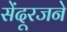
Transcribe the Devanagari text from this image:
सेंदूरजने